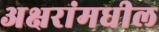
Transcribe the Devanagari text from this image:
अक्षरांमधील